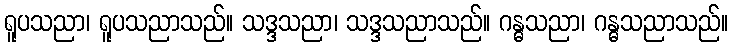
ရူပသညာ၊ ရူပသညာသည်။ သဒ္ဒသညာ၊ သဒ္ဒသညာသည်။ ဂန္ဓသညာ၊ ဂန္ဓသညာသည်။